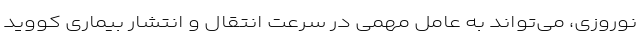
نوروزی، می‌تواند به عامل مهمی در سرعت انتقال و انتشار بیماری کووید